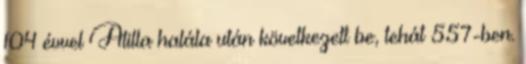
104 évvel Atilla halála után következett be, tehát 557-ben.